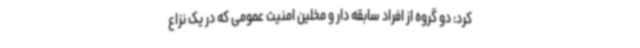
کرد: دو گروه از افراد سابقه دار و مخلین امنیت عمومی که در یک نزاع